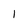
Character: l